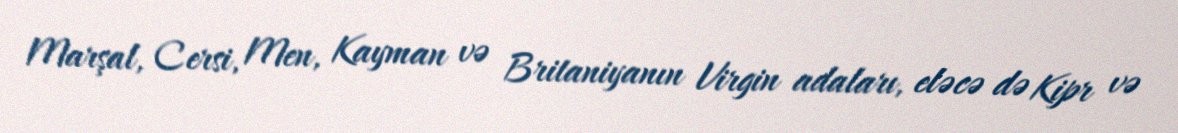
Marşal, Cersi, Men, Kayman və Britaniyanın Virgin adaları, eləcə də Kipr və